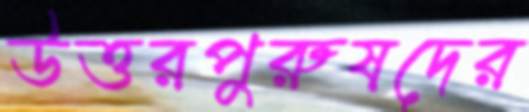
উত্তরপুরুষদের